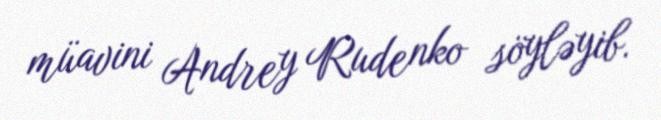
müavini Andrey Rudenko söyləyib.